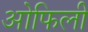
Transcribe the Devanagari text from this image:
ओफिली